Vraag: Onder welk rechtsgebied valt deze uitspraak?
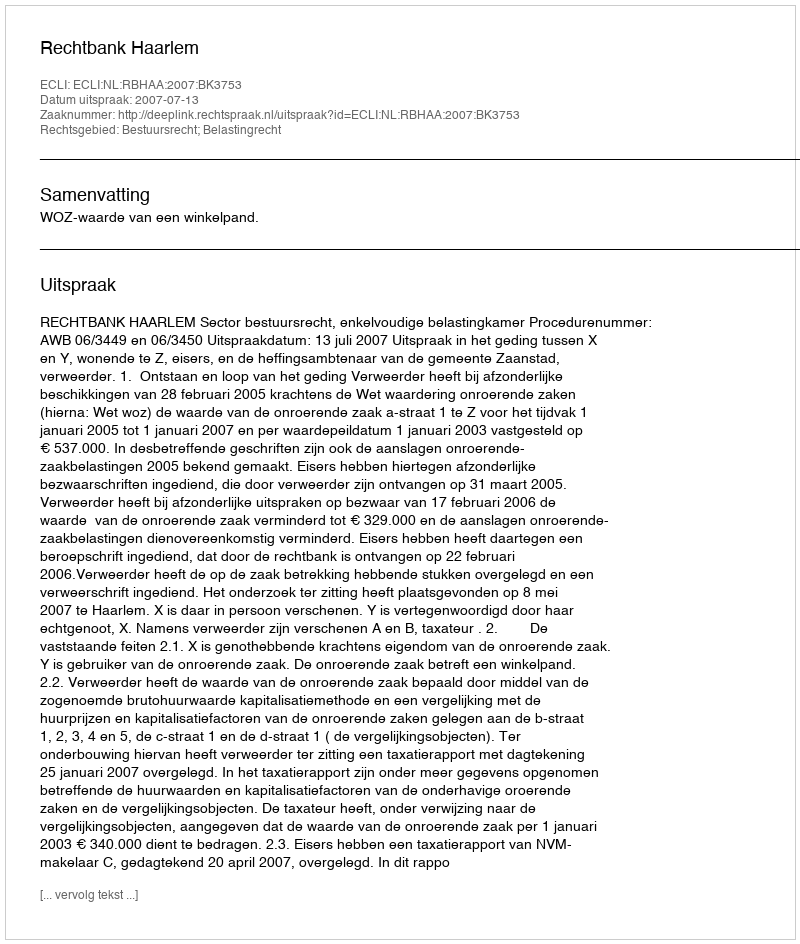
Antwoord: Bestuursrecht; Belastingrecht